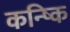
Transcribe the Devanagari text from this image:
कन्ष्कि